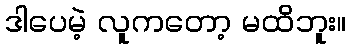
ဒါပေမဲ့ လူကတော့ မထိဘူး။